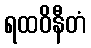
ရထဝိနီတံ